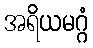
အရိယမဂ္ဂံ